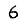
Digit: 6